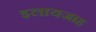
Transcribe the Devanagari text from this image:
इलायजाह